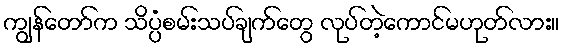
ကျွန်တော်က သိပ္ပံစမ်းသပ်ချက်တွေ လုပ်တဲ့ကောင်မဟုတ်လား။